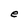
Character: e